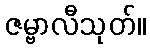
ဇမ္ဗာလီသုတ်။